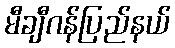
မီချီဂန်ပြည်နယ်